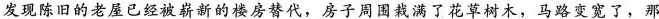
发现陈旧的老屋已经被崭新的楼房替代，房子周围栽满了花草树木，马路变宽了，那